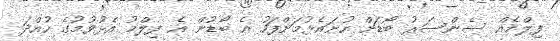
ފިލްމެއް ސެންސަރު ބޯޑަށް ހުށައެޅުމަށްފަހު އެ ބޯޑުން އެ ފިލްމު އެޅުވުމުގެ ހުއްދަ